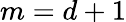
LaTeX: m=d+1